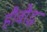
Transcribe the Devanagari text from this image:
हैं।बौद्ध